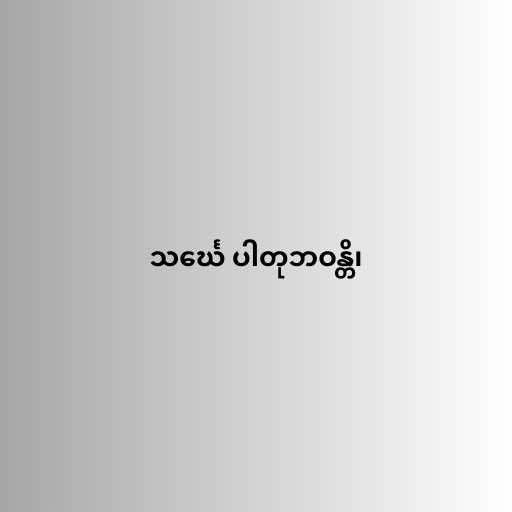
သင်္ဃေ ပါတုဘဝန္တိ၊